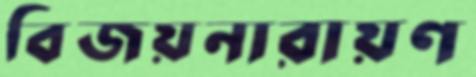
বিজয়নারায়ণ